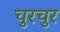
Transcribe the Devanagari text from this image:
चुरचुर